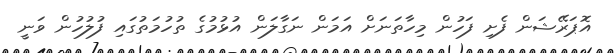
އޮޕަރޭޝަން ފެށި ފަހުން މިހާތަނަށް އަމަން ނަގާލަން އުޅުމުގެ ތުހުމަތުގައި ފުލުހުން ވަނީ